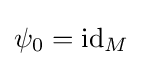
\psi _{0}=\mathrm {id} _{M}